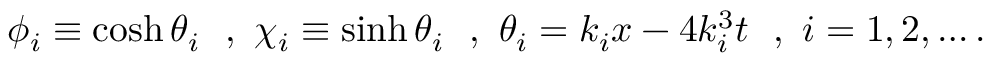
\phi _ { i } \equiv \cosh \theta _ { i } ~ ~ , ~ \chi _ { i } \equiv \sinh \theta _ { i } ~ ~ , ~ \theta _ { i } = k _ { i } x - 4 k _ { i } ^ { 3 } t ~ ~ , ~ i = 1 , 2 , \ldots .